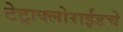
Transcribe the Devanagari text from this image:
टेट्राक्लोराईडचे